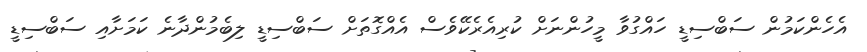
އެހެންކަމުން ސަބްސިޑީ ހައްގުވާ މީހުންނަށް ކުރިއެރެކޭވެސް އެއްގޮތަށް ސަބްސިޑީ ލިބެމުންދާނެ ކަމަށާއި ސަބްސިޑީ